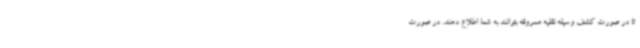
تا در صورت کشف وسیله نقلیه مسروقه بتوانند به شما اطلاع دهند. در صورت